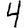
Digit: 4